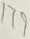
1 7 9